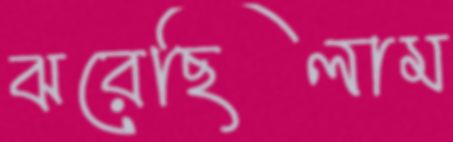
ঝরেছিলাম